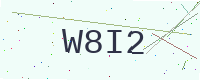
Text: W8I2